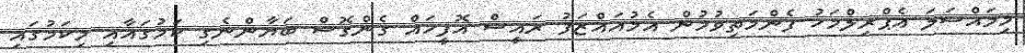
މިމައްސަލަ އެޕްރިލްމަހު ފެންމަތިވުމުން އެމުއައްޒަފު ރައީސް އޮފީހައް ގެންގޮސް ބަޔާންނެގި ކަމުގައާއި މިކަމުގައި